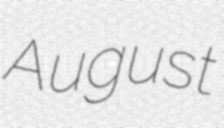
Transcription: August